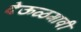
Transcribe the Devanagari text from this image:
देऊळगावी